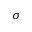
\sigma